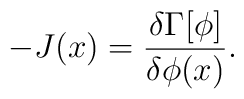
-J(x)=\frac{\delta \Gamma[\phi]}{\delta \phi(x)}.